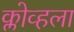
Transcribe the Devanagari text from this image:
क्लोव्हला